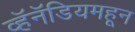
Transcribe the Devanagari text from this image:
व्हॅनॅडियमहून